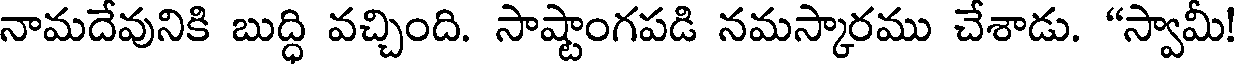
నామదేవునికి బుద్ధి వచ్చింది. సాష్టాంగపడి నమస్కారము చేశాడు. "స్వామీ!